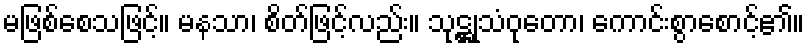
မဖြစ်စေသဖြင့်။ မနသာ၊ စိတ်ဖြင့်လည်း။ သုဋ္ဌုသံဝုတော၊ ကောင်းစွာစောင့်၏။